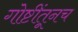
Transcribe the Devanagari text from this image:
गोष्टींतूनच